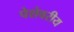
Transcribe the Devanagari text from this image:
पेशेवरीय